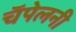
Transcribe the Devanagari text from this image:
चॅपेलनी